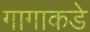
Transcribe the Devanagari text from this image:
गागाकडे